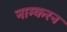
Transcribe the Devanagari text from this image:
नाम्करन